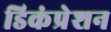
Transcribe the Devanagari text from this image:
डिकंप्रेशन